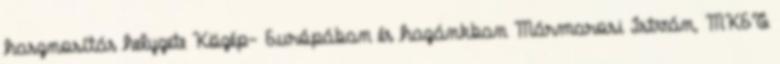
hasznosítás helyzete Közép- Európában és hazánkban Mármarosi István, MKET